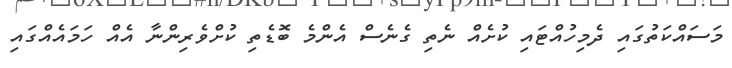
މަސައްކަތުގައި ދެމިހުއްޓައި ކުށެއް ނެތި ގެނެސް އެންމެ ބޮޑެތި ކުށްވެރިންނާ އެއް ހަމައެއްގައި